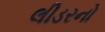
લીડરનો